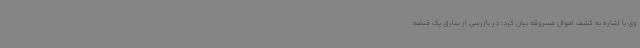
وی با اشاره به کشف اموال مسروقه بیان کرد: در بازرسی از سارق یک قبضه